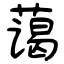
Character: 蔼